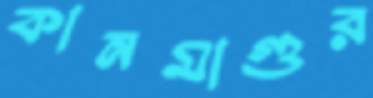
কানমাগুর